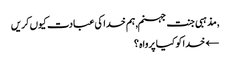
, مذہبی جنت جہنم, ہم خدا کی عبادت کیوں کریں
← خدا کو کیا پرواہ ؟